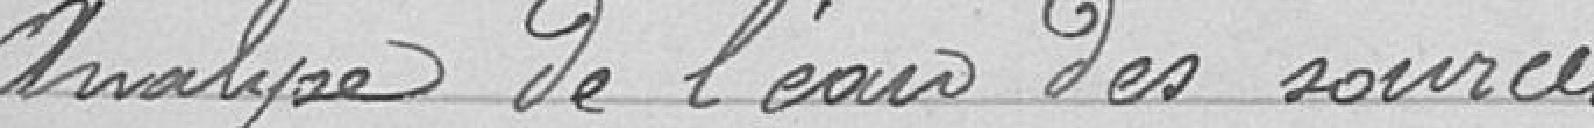
Analyse de l'eau des sources